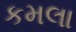
કમલા